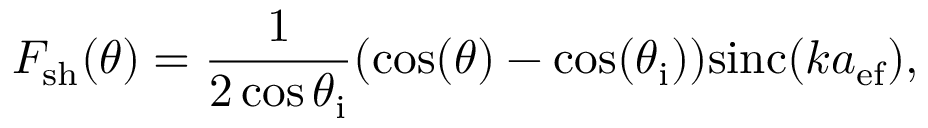
F _ { \mathrm { { s h } } } ( \theta ) = \frac { 1 } { 2 \cos { \theta _ { \mathrm { { i } } } } } ( \cos ( \theta ) - \cos ( \theta _ { \mathrm { i } } ) ) \mathrm { s i n c } ( k a _ { \mathrm { e f } } ) ,